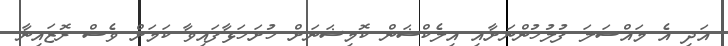
އަދި އެ މައްސަލަ ފުލުހުންނަށާއި އިލެކްޝަން ކޮމިޝަނަށް ހުށަހަޅާފައިވާ ކަމަށް ވެސް ރޮޒައިނާ